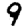
Digit: 9